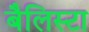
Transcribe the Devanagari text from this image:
बैलिस्टा